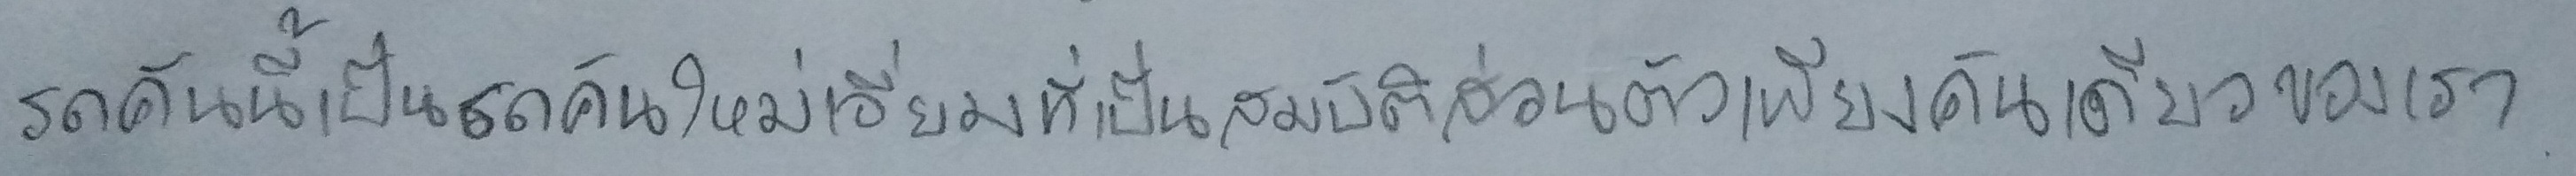
รถคันนี้เป็นรถคันใหม่เอี่ยมที่เป็นสมบัติส่วนตัวเพียงคันเดียวของเรา